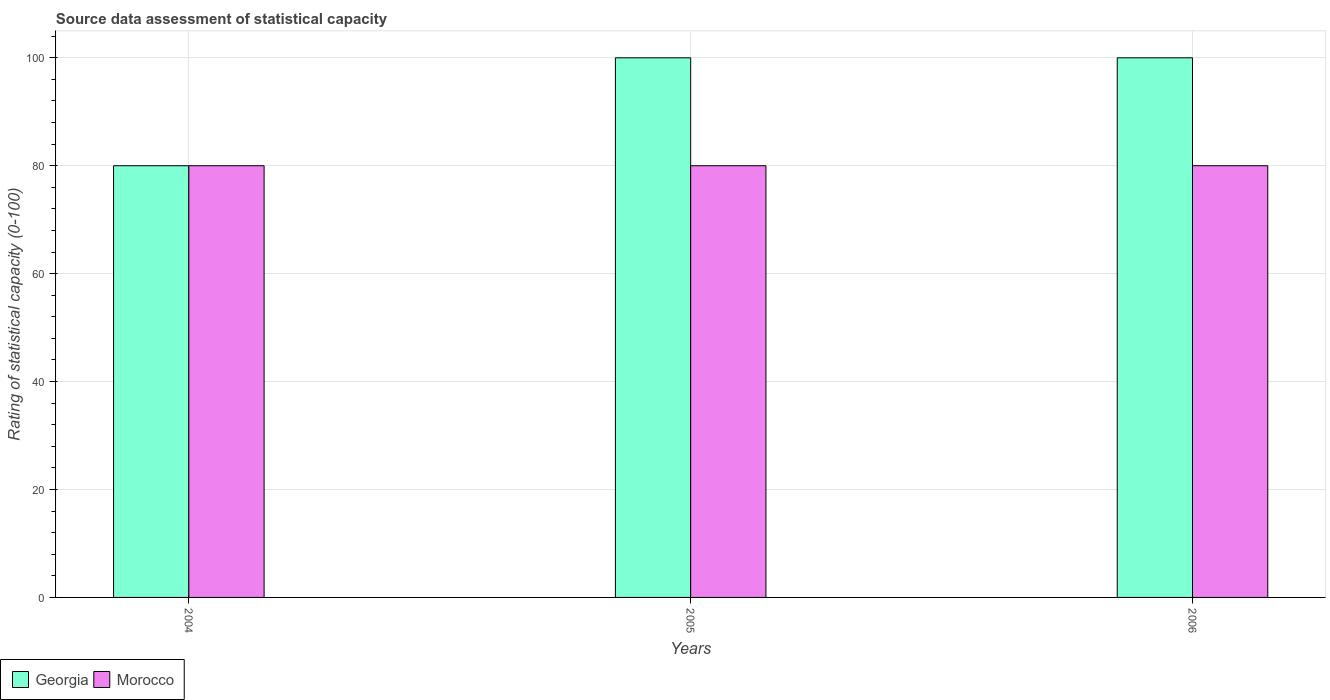
| Years | Georgia | Morocco |
 | --- | --- | --- |
 | 2004 | 80 | 80 |
 | 2005 | 100 | 80 |
 | 2006 | 100 | 80 |